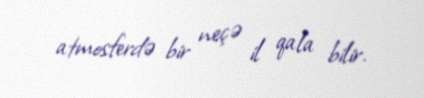
atmosferdə bir neçə il qala bilir.